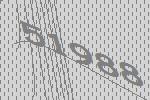
51988